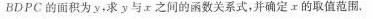
BDPC的面积为y，求y与r之间的函数关系式，并确定x的取值范围。